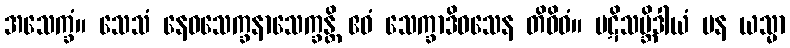
အသေက္ခံ။ သေသံ နေဝသေက္ခနာသေက္ခန္တိ ဧဝံ သေက္ခာဒိဝသေန တိဝိဓံ။ ပဋိသမ္ဘိဒါယံ ပန ယသ္မာ